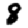
Digit: 8